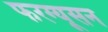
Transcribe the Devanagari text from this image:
फरग्यूसन